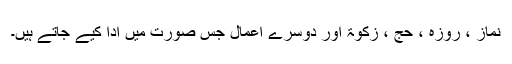
نماز ، روزہ ، حج ، زکوۃ اور دوسرے اعمال جس صورت میں ادا کیے جاتے ہیں۔